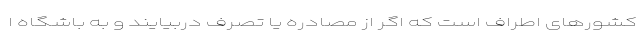
کشورهای اطراف است که اگر از مصادره یا تصرف دربیایند و به باشگاه ا